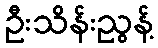
ဦးသိန်းညွန့်